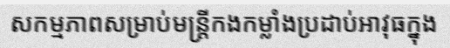
សកម្មភាពសម្រាប់មន្ត្រីកងកម្លាំងប្រដាប់អាវុធក្នុង